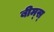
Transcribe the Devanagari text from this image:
बीम्‌स्‌